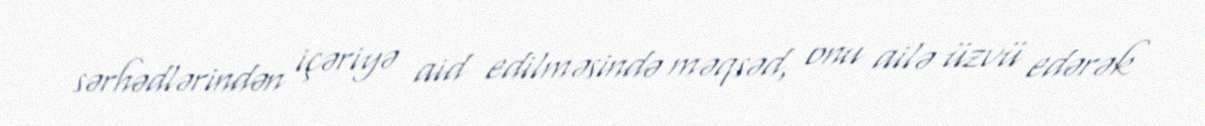
sərhədlərindən içəriyə aid edilməsində məqsəd, onu ailə üzvü edərək